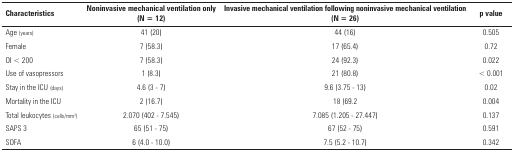
<table><thead><tr><td><b>Characteristics</b></td><td><b>Noninvasive mechanical ventilation only (N = 12)</b></td><td><b>Invasive mechanical ventilation following noninvasive mechanicalventilation (N = 26)</b></td><td><b>p value</b></td></tr></thead><tbody><tr><td>Age (years)</td><td>41 (20)</td><td>44 (16)</td><td>0.505</td></tr><tr><td>Female</td><td>7 (58.3)</td><td>17 (65.4)</td><td>0.72</td></tr><tr><td>OI &lt; 200</td><td>7 (58.3)</td><td>24 (92.3)</td><td>0.022</td></tr><tr><td>Use of vasopressors</td><td>1 (8.3)</td><td>21 (80.8)</td><td>&lt; 0.001</td></tr><tr><td>Stay in the ICU (days)</td><td>4.6 (3 - 7)</td><td>9.6 (3.75 - 13)</td><td>0.02</td></tr><tr><td>Mortality in the ICU</td><td>2 (16.7)</td><td>18 (69.2</td><td>0.004</td></tr><tr><td>Total leukocytes (cells/mm<sup>3</sup>)</td><td>2.070 (402 - 7.545)</td><td>7.085 (1.205 - 27.447)</td><td>0.137</td></tr><tr><td>SAPS 3</td><td>65 (51 - 75)</td><td>67 (52 - 75)</td><td>0.591</td></tr><tr><td>SOFA</td><td>6 (4.0 - 10.0)</td><td>7.5 (5.2 - 10.7)</td><td>0.342</td></tr></tbody></table>